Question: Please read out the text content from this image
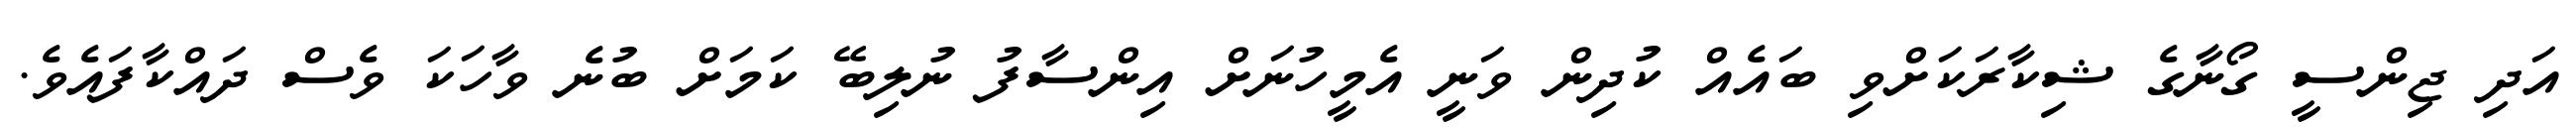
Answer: އަދި ޖިންސީ ގޯނާގެ ޝިކާރަކަށްވި ބައެއް ކުދިން ވަނީ އެމީހުނަށް އިންސާފު ނުލިބޭ ކަމަށް ބުނެ ވާހަކަ ވެސް ދައްކާފައެވެ.